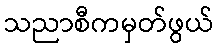
သညာစီကမှတ်ဖွယ်